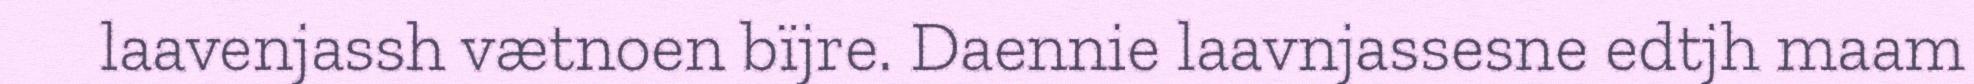
laavenjassh vætnoen bïjre. Daennie laavnjassesne edtjh maam